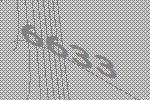
6633